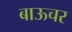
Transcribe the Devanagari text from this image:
बाऊचर